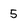
Character: 5